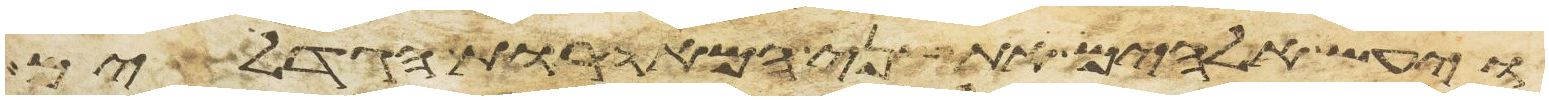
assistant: ויעש אלהים את שני המאורות הגדלים